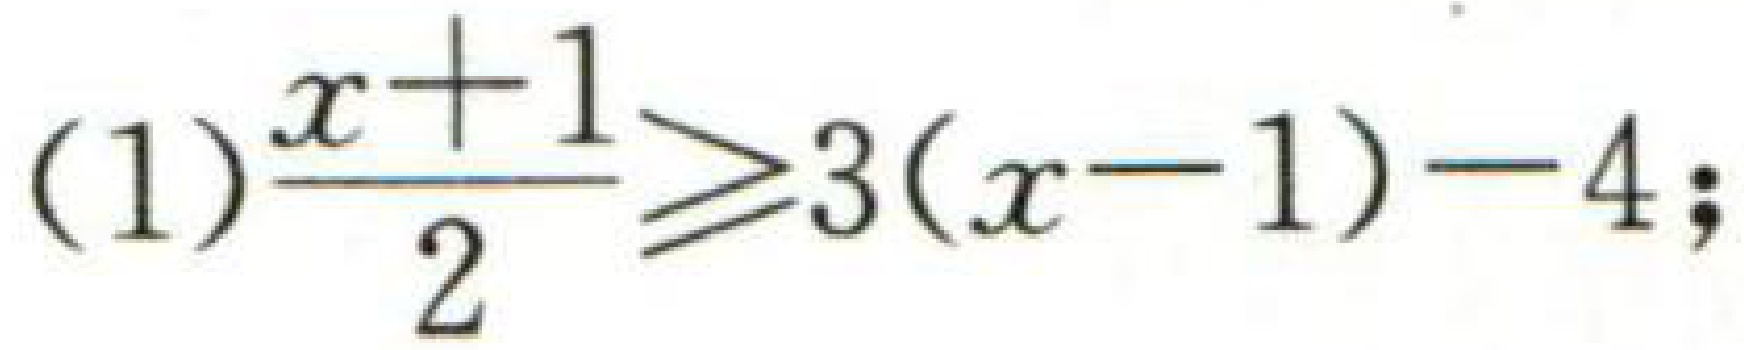
(1)$\frac{x + 1}{2}\geqslant3(x - 1)-4;$